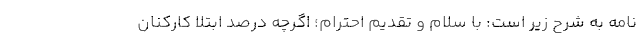
نامه به شرح زیر است: با سلام و تقدیم احترام؛ اگرچه درصد ابتلا کارکنان